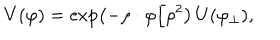
LaTeX: V ( \varphi ) = \exp \left( - \rho \cdot \varphi / \rho ^ { 2 } \right) \, U ( \varphi _ { \perp } ) ,